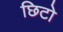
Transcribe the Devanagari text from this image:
छिटो